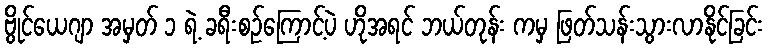
ဗွိုင်ယေဂျာ အမှတ် ၁ ရဲ့ ခရီးစဉ်ကြောင့်ပဲ ဟိုအရင် ဘယ်တုန်း ကမှ ဖြတ်သန်းသွားလာနိုင်ခြင်း